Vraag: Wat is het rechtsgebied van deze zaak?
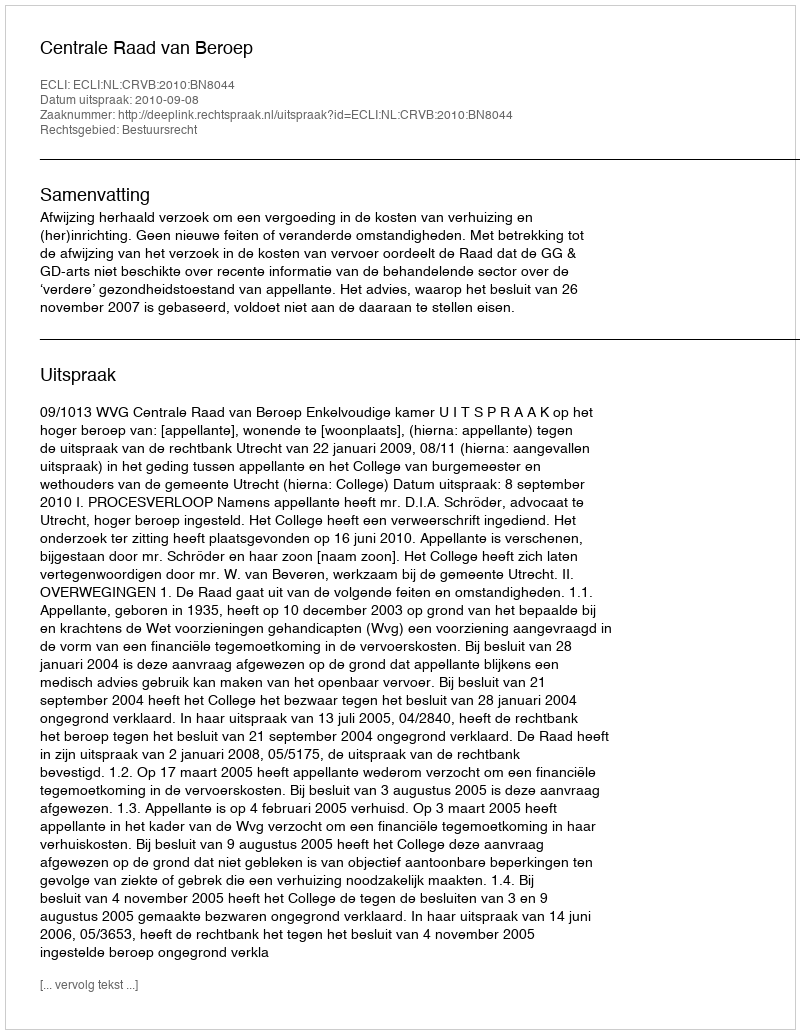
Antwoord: Bestuursrecht